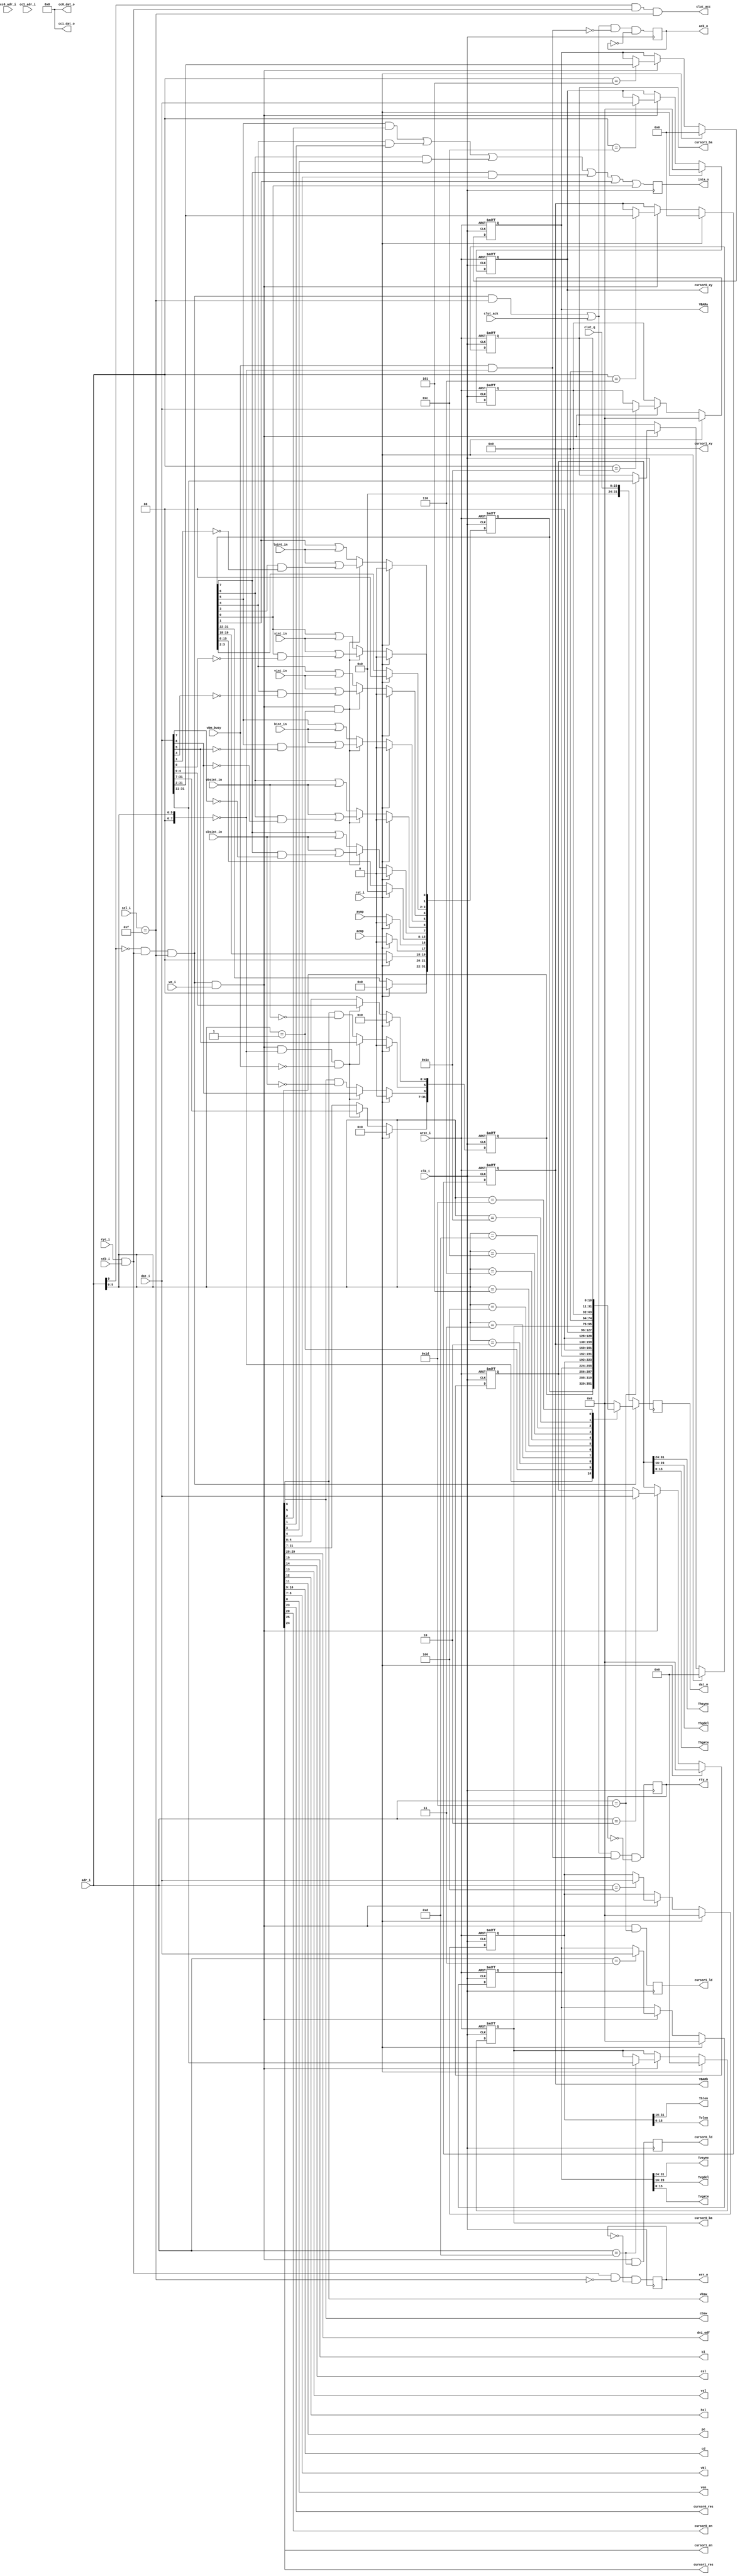
/////////////////////////////////////////////////////////////////////
////                                                             ////
////  WISHBONE rev.B2 compliant enhanced VGA/LCD Core            ////
////  Wishbone slave interface                                   ////
////                                                             ////
////          richard@asics.ws                                   ////
////          www.asics.ws                                       ////
////                                                             ////
////  Downloaded from: http://www.opencores.org/projects/vga_lcd ////
////                                                             ////
/////////////////////////////////////////////////////////////////////
////                                                             ////
//// Copyright (C) 2001, 2002 Richard Herveille                  ////
////                    richard@asics.ws                         ////
////                                                             ////
//// This source file may be used and distributed without        ////
//// restriction provided that this copyright statement is not   ////
//// removed from the file and that any derivative work contains ////
//// the original copyright notice and the associated disclaimer.////
////                                                             ////
////     THIS SOFTWARE IS PROVIDED ``AS IS'' AND WITHOUT ANY     ////
//// EXPRESS OR IMPLIED WARRANTIES, INCLUDING, BUT NOT LIMITED   ////
//// TO, THE IMPLIED WARRANTIES OF MERCHANTABILITY AND FITNESS   ////
//// FOR A PARTICULAR PURPOSE. IN NO EVENT SHALL THE AUTHOR      ////
//// OR CONTRIBUTORS BE LIABLE FOR ANY DIRECT, INDIRECT,         ////
//// INCIDENTAL, SPECIAL, EXEMPLARY, OR CONSEQUENTIAL DAMAGES    ////
//// (INCLUDING, BUT NOT LIMITED TO, PROCUREMENT OF SUBSTITUTE   ////
//// GOODS OR SERVICES; LOSS OF USE, DATA, OR PROFITS; OR        ////
//// BUSINESS INTERRUPTION) HOWEVER CAUSED AND ON ANY THEORY OF  ////
//// LIABILITY, WHETHER IN  CONTRACT, STRICT LIABILITY, OR TORT  ////
//// (INCLUDING NEGLIGENCE OR OTHERWISE) ARISING IN ANY WAY OUT  ////
//// OF THE USE OF THIS SOFTWARE, EVEN IF ADVISED OF THE         ////
//// POSSIBILITY OF SUCH DAMAGE.                                 ////
////                                                             ////
/////////////////////////////////////////////////////////////////////

//  CVS Log
//
//  $Id: vga_wb_slave.v,v 1.12 2003-05-07 09:48:54 rherveille Exp $
//
//  $Date: 2003-05-07 09:48:54 $
//  $Revision: 1.12 $
//  $Author: rherveille $
//  $Locker:  $
//  $State: Exp $
//
// Change History:
//               $Log: not supported by cvs2svn $
//               Revision 1.11  2002/04/20 10:02:39  rherveille
//               Changed video timing generator.
//               Changed wishbone master vertical gate count code.
//               Fixed a potential bug in the wishbone slave (cursor color register readout).
//
//               Revision 1.10  2002/03/28 04:59:25  rherveille
//               Fixed two small bugs that only showed up when the hardware cursors were disabled
//
//               Revision 1.9  2002/03/04 16:05:52  rherveille
//               Added hardware cursor support to wishbone master.
//               Added provision to turn-off 3D cursors.
//               Fixed some minor bugs.
//
//               Revision 1.8  2002/03/04 11:01:59  rherveille
//               Added 64x64pixels 4bpp hardware cursor support.
//
//               Revision 1.7  2002/02/25 06:13:44  rherveille
//               Fixed dat_o incomplete sensitivity list.
//
//               Revision 1.6  2002/02/07 05:42:10  rherveille
//               Fixed some bugs discovered by modified testbench
//               Removed / Changed some strange logic constructions
//               Started work on hardware cursor support (not finished yet)
//               Changed top-level name to vga_enh_top.v
//

//synopsys translate_off
//synopsys translate_on

module vga_wb_slave(
	clk_i, rst_i, arst_i, adr_i, dat_i, dat_o, sel_i, we_i, stb_i, cyc_i, ack_o, rty_o, err_o, inta_o,
	wbm_busy, dvi_odf, bl, csl, vsl, hsl, pc, cd, vbl, cbsw, vbsw, ven, avmp, acmp,
	cursor0_res, cursor0_en, cursor0_xy, cursor0_ba, cursor0_ld, cc0_adr_i, cc0_dat_o,
	cursor1_res, cursor1_en, cursor1_xy, cursor1_ba, cursor1_ld, cc1_adr_i, cc1_dat_o,
	vbsint_in, cbsint_in, hint_in, vint_in, luint_in, sint_in,
	Thsync, Thgdel, Thgate, Thlen, Tvsync, Tvgdel, Tvgate, Tvlen, VBARa, VBARb,
	clut_acc, clut_ack, clut_q
	);

	//
	// inputs & outputs
	//

	// wishbone slave interface
	input         clk_i;
	input         rst_i;
	input         arst_i;
	input  [11:2] adr_i;
	input  [31:0] dat_i;
	output [31:0] dat_o;
	reg [31:0] dat_o;
	input  [ 3:0] sel_i;
	input         we_i;
	input         stb_i;
	input         cyc_i;
	output        ack_o;
	reg ack_o;
	output        rty_o;
	reg rty_o;
	output        err_o;
	reg err_o;
	output        inta_o;
	reg inta_o;

	// wishbone master controller feedback
	input  wbm_busy;             // data transfer in progress

	// control register settings
	output [1:0] dvi_odf;        // DVI output data format
	output bl;                   // blanking level
	output csl;                  // composite sync level
	output vsl;                  // vsync level
	output hsl;                  // hsync level
	output pc;                   // pseudo color
	output [1:0] cd;             // color depth
	output [1:0] vbl;            // video memory burst length
	output cbsw;                 // clut bank switch enable
	output vbsw;                 // video memory bank switch enable
	output ven;                  // video system enable

	// hardware cursor settings
	output         cursor0_res;  // cursor0 resolution
	output         cursor0_en;   // cursor0 enable
	output [31: 0] cursor0_xy;   // cursor0 location
	output [31:11] cursor0_ba;   // cursor0 base address
	output         cursor0_ld;   // reload cursor0 from video memory
	input  [ 3: 0] cc0_adr_i;    // cursor0 color register address
	output [15: 0] cc0_dat_o;    // cursor0 color register data
	output         cursor1_res;  // cursor1 resolution
	output         cursor1_en;   // cursor1 enable
	output [31: 0] cursor1_xy;   // cursor1 location
	output [31:11] cursor1_ba;   // cursor1 base address
	output         cursor1_ld;   // reload cursor1 from video memory
	input  [ 3: 0] cc1_adr_i;    // cursor1 color register address
	output [15: 0] cc1_dat_o;    // cursor1 color register data

	reg [31: 0] cursor0_xy;
	reg [31:11] cursor0_ba;
	reg         cursor0_ld;
	reg [31: 0] cursor1_xy;
	reg [31:11] cursor1_ba;
	reg         cursor1_ld;

	// status register inputs
	input avmp;          // active video memory page
	input acmp;          // active clut memory page
	input vbsint_in;     // bank switch interrupt request
	input cbsint_in;     // clut switch interrupt request
	input hint_in;       // hsync interrupt request
	input vint_in;       // vsync interrupt request
	input luint_in;      // line fifo underrun interrupt request
	input sint_in;       // system error interrupt request

	// Horizontal Timing Register
	output [ 7:0] Thsync;
	output [ 7:0] Thgdel;
	output [15:0] Thgate;
	output [15:0] Thlen;

	// Vertical Timing Register
	output [ 7:0] Tvsync;
	output [ 7:0] Tvgdel;
	output [15:0] Tvgate;
	output [15:0] Tvlen;

	// video base addresses
	output [31:2] VBARa;
	reg [31:2] VBARa;
	output [31:2] VBARb;
	reg [31:2] VBARb;

	// color lookup table signals
	output        clut_acc;
	input         clut_ack;
	input  [23:0] clut_q;


	//
	// variable declarations
	//
	parameter REG_ADR_HIBIT = 7;

	wire [REG_ADR_HIBIT:0] REG_ADR  = adr_i[REG_ADR_HIBIT : 2];
	wire                   CLUT_ADR = adr_i[11];

	parameter [REG_ADR_HIBIT : 0] CTRL_ADR  = 6'b00_0000;
	parameter [REG_ADR_HIBIT : 0] STAT_ADR  = 6'b00_0001;
	parameter [REG_ADR_HIBIT : 0] HTIM_ADR  = 6'b00_0010;
	parameter [REG_ADR_HIBIT : 0] VTIM_ADR  = 6'b00_0011;
	parameter [REG_ADR_HIBIT : 0] HVLEN_ADR = 6'b00_0100;
	parameter [REG_ADR_HIBIT : 0] VBARA_ADR = 6'b00_0101;
	parameter [REG_ADR_HIBIT : 0] VBARB_ADR = 6'b00_0110;
	parameter [REG_ADR_HIBIT : 0] C0XY_ADR  = 6'b00_1100;
	parameter [REG_ADR_HIBIT : 0] C0BAR_ADR = 6'b00_1101;
	parameter [REG_ADR_HIBIT : 0] CCR0_ADR  = 6'b01_0???;
	parameter [REG_ADR_HIBIT : 0] C1XY_ADR  = 6'b01_1100;
	parameter [REG_ADR_HIBIT : 0] C1BAR_ADR = 6'b01_1101;
	parameter [REG_ADR_HIBIT : 0] CCR1_ADR  = 6'b10_0???;


	reg [31:0] ctrl, stat, htim, vtim, hvlen;
	wire hint, vint, vbsint, cbsint, luint, sint;
	wire hie, vie, vbsie, cbsie;
	wire acc, acc32, reg_acc, reg_wacc;
	wire cc0_acc, cc1_acc;
	wire [31:0] ccr0_dat_o, ccr1_dat_o;


	reg [31:0] reg_dato; // data output from registers

	//
	// Module body
	//

	assign acc      =  cyc_i & stb_i;
	assign acc32    = (sel_i == 4'b1111);
	assign clut_acc =  CLUT_ADR & acc & acc32;
	assign reg_acc  = ~CLUT_ADR & acc & acc32;
	assign reg_wacc =  reg_acc & we_i;

	assign cc0_acc  = (REG_ADR == CCR0_ADR) & acc & acc32;
	assign cc1_acc  = (REG_ADR == CCR1_ADR) & acc & acc32;

	always @(posedge clk_i)
	  ack_o <= #1 ((reg_acc & acc32) | clut_ack) & ~(wbm_busy & REG_ADR == CTRL_ADR) & ~ack_o ;

	always @(posedge clk_i)
	  rty_o <= #1 ((reg_acc & acc32) | clut_ack) & (wbm_busy & REG_ADR == CTRL_ADR) & ~rty_o ;

	always @(posedge clk_i)
	  err_o <= #1 acc & ~acc32 & ~err_o;


	// generate registers
	always @(posedge clk_i or negedge arst_i)
	begin : gen_regs
	  if (!arst_i)
	    begin
	        htim       <= #1 0;
	        vtim       <= #1 0;
	        hvlen      <= #1 0;
	        VBARa      <= #1 0;
	        VBARb      <= #1 0;
	        cursor0_xy <= #1 0;
	        cursor0_ba <= #1 0;
	        cursor1_xy <= #1 0;
	        cursor1_ba <= #1 0;
	    end
	  else if (rst_i)
	    begin
	        htim       <= #1 0;
	        vtim       <= #1 0;
	        hvlen      <= #1 0;
	        VBARa      <= #1 0;
	        VBARb      <= #1 0;
	        cursor0_xy <= #1 0;
	        cursor0_ba <= #1 0;
	        cursor1_xy <= #1 0;
	        cursor1_ba <= #1 0;
	    end
	  else if (reg_wacc)
	    case (adr_i) // synopsis full_case parallel_case
	        HTIM_ADR  : htim       <= #1 dat_i;
	        VTIM_ADR  : vtim       <= #1 dat_i;
	        HVLEN_ADR : hvlen      <= #1 dat_i;
	        VBARA_ADR : VBARa      <= #1 dat_i[31: 2];
	        VBARB_ADR : VBARb      <= #1 dat_i[31: 2];
	        C0XY_ADR  : cursor0_xy <= #1 dat_i[31: 0];
	        C0BAR_ADR : cursor0_ba <= #1 dat_i[31:11];
	        C1XY_ADR  : cursor1_xy <= #1 dat_i[31: 0];
	        C1BAR_ADR : cursor1_ba <= #1 dat_i[31:11];
	    endcase
	end

	always @(posedge clk_i)
	  begin
	     cursor0_ld <= #1 reg_wacc && (adr_i == C0BAR_ADR);
	     cursor1_ld <= #1 reg_wacc && (adr_i == C1BAR_ADR);
	  end

	// generate control register
	always @(posedge clk_i or negedge arst_i)
	  if (!arst_i)
	    ctrl <= #1 0;
	  else if (rst_i)
	    ctrl <= #1 0;
	  else if (reg_wacc & (REG_ADR == CTRL_ADR) & ~wbm_busy )
	    ctrl <= #1 dat_i;
	  else begin
	    ctrl[6] <= #1 ctrl[6] & !cbsint_in;
	    ctrl[5] <= #1 ctrl[5] & !vbsint_in;
	  end


	// generate status register
	always @(posedge clk_i or negedge arst_i)
	  if (!arst_i)
	    stat <= #1 0;
	  else if (rst_i)
	    stat <= #1 0;
	  else begin
	    `ifdef VGA_HWC1
	        stat[21] <= #1 1'b1;
	    `else
	        stat[21] <= #1 1'b0;
	    `endif
	    `ifdef VGA_HWC0
	        stat[20] <= #1 1'b1;
	    `else
	        stat[20] <= #1 1'b0;
	    `endif

	    stat[17] <= #1 acmp;
	    stat[16] <= #1 avmp;

	    if (reg_wacc & (REG_ADR == STAT_ADR) )
	      begin
	          stat[7] <= #1 cbsint_in | (stat[7] & !dat_i[7]);
	          stat[6] <= #1 vbsint_in | (stat[6] & !dat_i[6]);
	          stat[5] <= #1 hint_in   | (stat[5] & !dat_i[5]);
	          stat[4] <= #1 vint_in   | (stat[4] & !dat_i[4]);
	          stat[1] <= #1 luint_in  | (stat[3] & !dat_i[1]);
	          stat[0] <= #1 sint_in   | (stat[0] & !dat_i[0]);
	      end
	    else
	      begin
	          stat[7] <= #1 stat[7] | cbsint_in;
	          stat[6] <= #1 stat[6] | vbsint_in;
	          stat[5] <= #1 stat[5] | hint_in;
	          stat[4] <= #1 stat[4] | vint_in;
	          stat[1] <= #1 stat[1] | luint_in;
	          stat[0] <= #1 stat[0] | sint_in;
	      end
	  end


	// decode control register
	assign dvi_odf     = ctrl[29:28];
	assign cursor1_res = ctrl[25];
	assign cursor1_en  = ctrl[24];
	assign cursor0_res = ctrl[23];
	assign cursor0_en  = ctrl[20];
	assign bl          = ctrl[15];
	assign csl         = ctrl[14];
	assign vsl         = ctrl[13];
	assign hsl         = ctrl[12];
	assign pc          = ctrl[11];
	assign cd          = ctrl[10:9];
	assign vbl         = ctrl[8:7];
	assign cbsw        = ctrl[6];
	assign vbsw        = ctrl[5];
	assign cbsie       = ctrl[4];
	assign vbsie       = ctrl[3];
	assign hie         = ctrl[2];
	assign vie         = ctrl[1];
	assign ven         = ctrl[0];

	// decode status register
	assign cbsint = stat[7];
	assign vbsint = stat[6];
	assign hint   = stat[5];
	assign vint   = stat[4];
	assign luint  = stat[1];
	assign sint   = stat[0];

	// decode Horizontal Timing Register
	assign Thsync = htim[31:24];
	assign Thgdel = htim[23:16];
	assign Thgate = htim[15:0];
	assign Thlen  = hvlen[31:16];

	// decode Vertical Timing Register
	assign Tvsync = vtim[31:24];
	assign Tvgdel = vtim[23:16];
	assign Tvgate = vtim[15:0];
	assign Tvlen  = hvlen[15:0];


	`ifdef VGA_HWC0
		// hookup cursor0 color registers
		vga_cur_cregs cregs0(
			.clk_i(clk_i),
			.rst_i(rst_i),
			.arst_i(arst_i),
			.hsel_i(cc0_acc),
			.hadr_i(adr_i[4:2]),
			.hwe_i(we_i),
			.hdat_i(dat_i),
			.hdat_o(ccr0_dat_o), // host access
			.hack_o(),
			.cadr_i(cc0_adr_i),
			.cdat_o(cc0_dat_o)   // cursor processor access
		);
	`else
		assign ccr0_dat_o = 32'h0;
		assign cc0_dat_o = 32'h0;
	`endif

	`ifdef VGA_HWC1
		// hookup cursor1 color registers
		vga_cur_cregs cregs1(
			.clk_i(clk_i),
			.rst_i(rst_i),
			.arst_i(arst_i),
			.hsel_i(cc1_acc),
			.hadr_i(adr_i[4:2]),
			.hwe_i(we_i),
			.hdat_i(dat_i),
			.hdat_o(ccr1_dat_o), // host access
			.hack_o(),
			.cadr_i(cc1_adr_i),
			.cdat_o(cc1_dat_o)   // cursor processor access
		);
	`else
		assign ccr1_dat_o = 32'h0;
		assign cc1_dat_o = 32'h0;
	`endif


	// assign output
	always @(REG_ADR or ctrl or stat or htim or vtim or hvlen or VBARa or VBARb or acmp or
		cursor0_xy or cursor0_ba or cursor1_xy or cursor1_ba or ccr0_dat_o or ccr1_dat_o)
	  casez (REG_ADR) // synopsis full_case parallel_case
	      CTRL_ADR  : reg_dato = ctrl;
	      STAT_ADR  : reg_dato = stat;
	      HTIM_ADR  : reg_dato = htim;
	      VTIM_ADR  : reg_dato = vtim;
	      HVLEN_ADR : reg_dato = hvlen;
	      VBARA_ADR : reg_dato = {VBARa, 2'b0};
	      VBARB_ADR : reg_dato = {VBARb, 2'b0};
	      C0XY_ADR  : reg_dato = cursor0_xy;
	      C0BAR_ADR : reg_dato = {cursor0_ba, 11'h0};
	      CCR0_ADR  : reg_dato = ccr0_dat_o;
	      C1XY_ADR  : reg_dato = cursor1_xy;
	      C1BAR_ADR : reg_dato = {cursor1_ba, 11'h0};
	      CCR1_ADR  : reg_dato = ccr1_dat_o;
	      default   : reg_dato = 32'h0000_0000;
	  endcase

	always @(posedge clk_i)
	  dat_o <= #1 reg_acc ? reg_dato : {8'h0, clut_q};

	// generate interrupt request signal
	always @(posedge clk_i)
	  inta_o <= #1 (hint & hie) | (vint & vie) | (vbsint & vbsie) | (cbsint & cbsie) | luint | sint;
endmodule